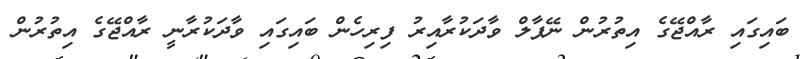
ބައިގައި ރާއްޖޭގެ އިތުރުން ނޭޕާލް ވާދަކުރާއިރު ފިރިހެން ބައިގައި ވާދަކުރާނީ ރާއްޖޭގެ އިތުރުން